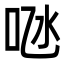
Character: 𠱁